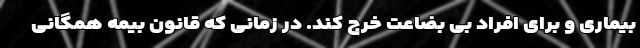
بیماری و برای افراد بی بضاعت خرج کند. در زمانی که قانون بیمه همگانی